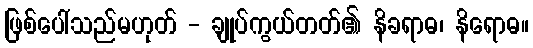
ဖြစ်ပေါ်သည်မဟုတ် - ချုပ်ကွယ်တတ်၏ နိခရာဓ၊ နိရောဓ။